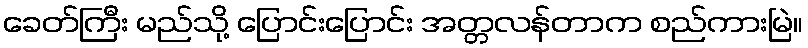
ခေတ်ကြီး မည်သို့ ပြောင်းပြောင်း အတ္တလန်တာက စည်ကားမြဲ။